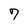
Character: 7